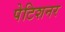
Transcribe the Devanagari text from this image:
पेटिशनर